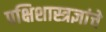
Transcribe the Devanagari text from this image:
पक्षिशास्त्रज्ञांचे